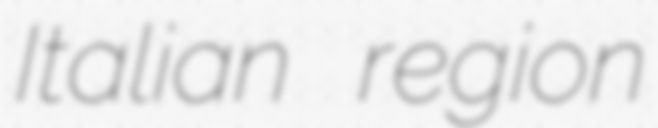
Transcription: Italian region